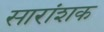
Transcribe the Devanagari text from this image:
सारांशक